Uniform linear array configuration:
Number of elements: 8
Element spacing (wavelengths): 1
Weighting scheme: binomial
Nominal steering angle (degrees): -60
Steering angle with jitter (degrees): -61.236
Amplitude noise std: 0.05
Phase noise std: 0.05

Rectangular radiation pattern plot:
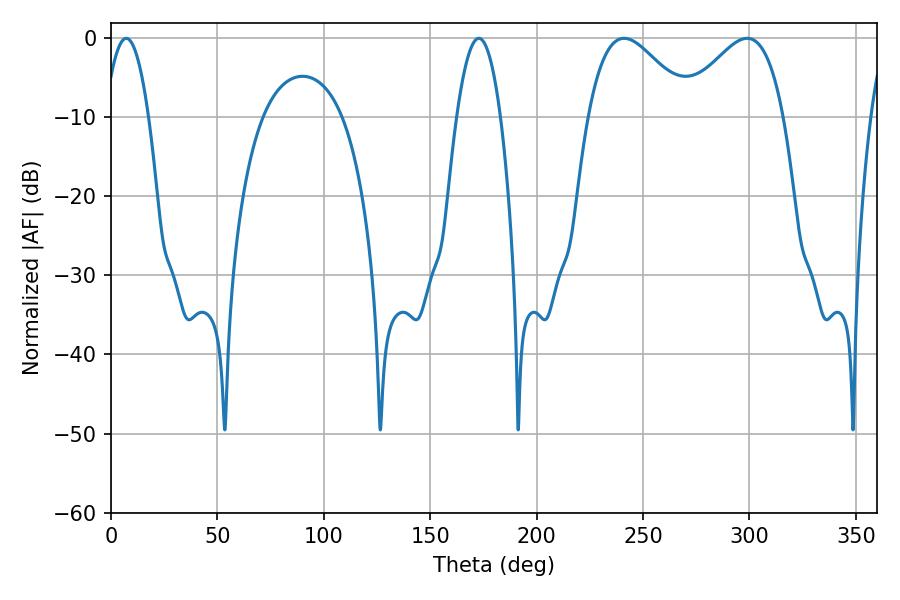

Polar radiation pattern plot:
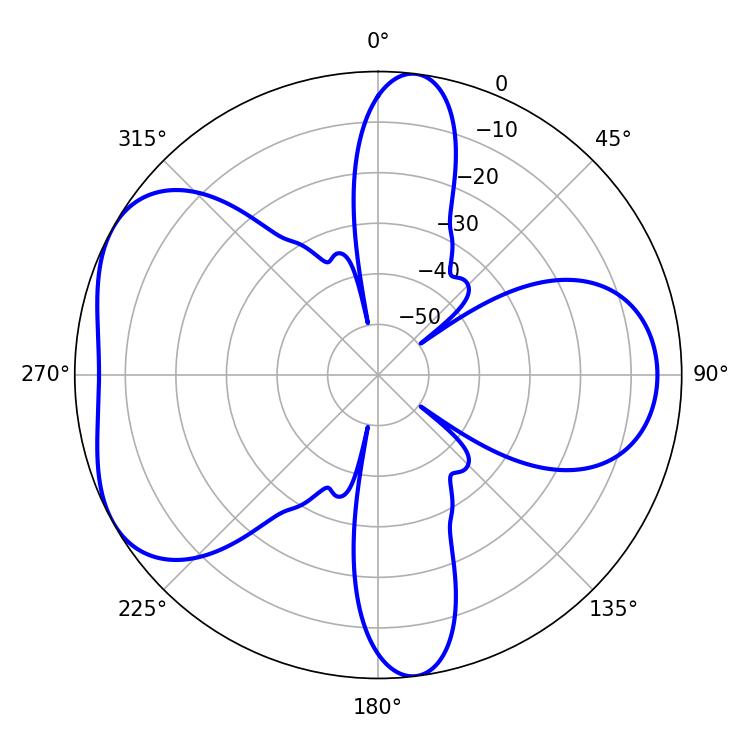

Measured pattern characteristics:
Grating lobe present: TRUE
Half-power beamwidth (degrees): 26.1
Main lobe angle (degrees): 241.02